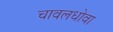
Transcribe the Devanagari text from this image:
चावलधोवा